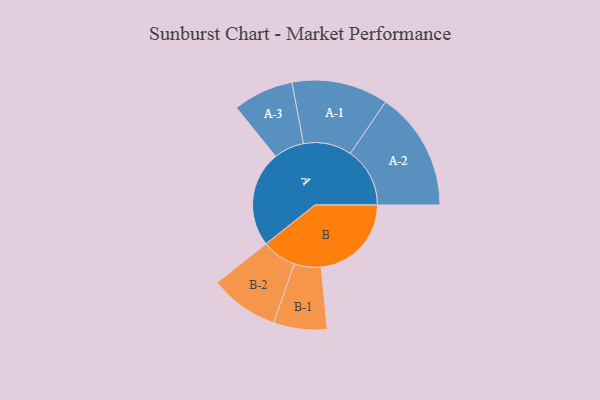
{"axis": {"x": "Segment", "y": "Value"}, "legend": ["", "A", "B"], "data": [{"x": "A", "y": 383, "type": ""}, {"x": "B", "y": 361, "type": ""}, {"x": "A-1", "y": 193, "type": "A"}, {"x": "A-2", "y": 238, "type": "A"}, {"x": "A-3", "y": 121, "type": "A"}, {"x": "B-1", "y": 107, "type": "B"}, {"x": "B-2", "y": 138, "type": "B"}]}